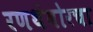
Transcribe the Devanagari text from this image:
रणथंबोरचा